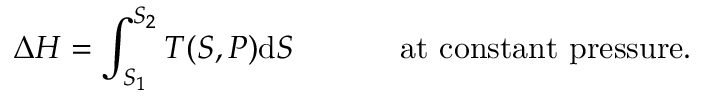
\Delta H = \int _ { S _ { 1 } } ^ { S _ { 2 } } T ( S , P ) \mathrm { d } S \, \, \, \, \, \, \, \, \, \, \, \, \, \, \, \, \, \, \, \, { \mathrm { a t ~ c o n s t a n t ~ p r e s s u r e . } }